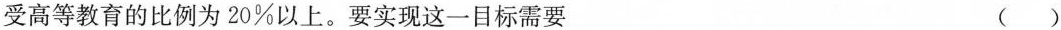
受高等教育的比例为20\%以上。要实现这一目标需要 ( )